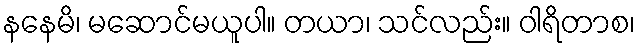
နနေမိ၊ မဆောင်မယူပါ။ တယာ၊ သင်လည်း။ ဝါရိတာစ၊